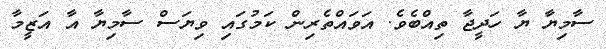
ސާމިޔާ ޔާ ހަދީޖާ ތިއްބެވެ. އަވައްތެރިން ކަމުގައި ވިޔަސް ސާމިޔާ އާ އަޒީމާ